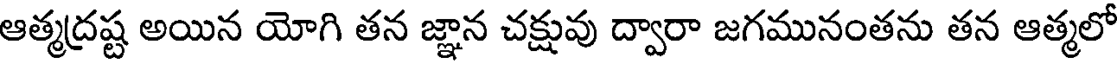
ఆత్మద్రష్ట అయిన యోగి తన జ్ఞాన చక్షువు ద్వారా జగమునంతను తన ఆత్మలో